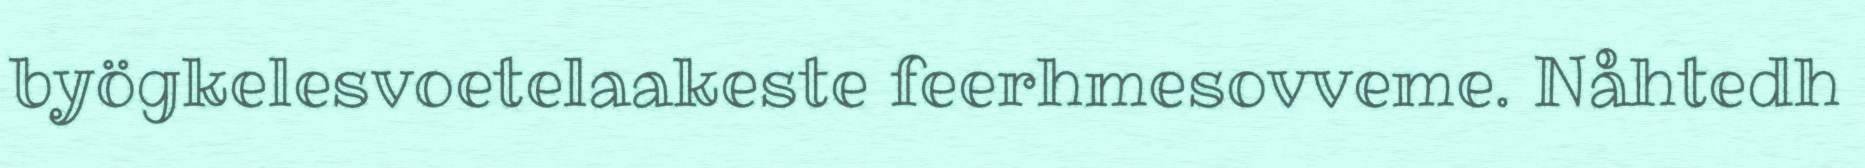
byögkelesvoetelaakeste feerhmesovveme. Nåhtedh